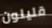
قليلون